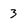
Character: 3